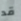
قد